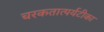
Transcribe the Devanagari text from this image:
चरकतात्पर्यटीका